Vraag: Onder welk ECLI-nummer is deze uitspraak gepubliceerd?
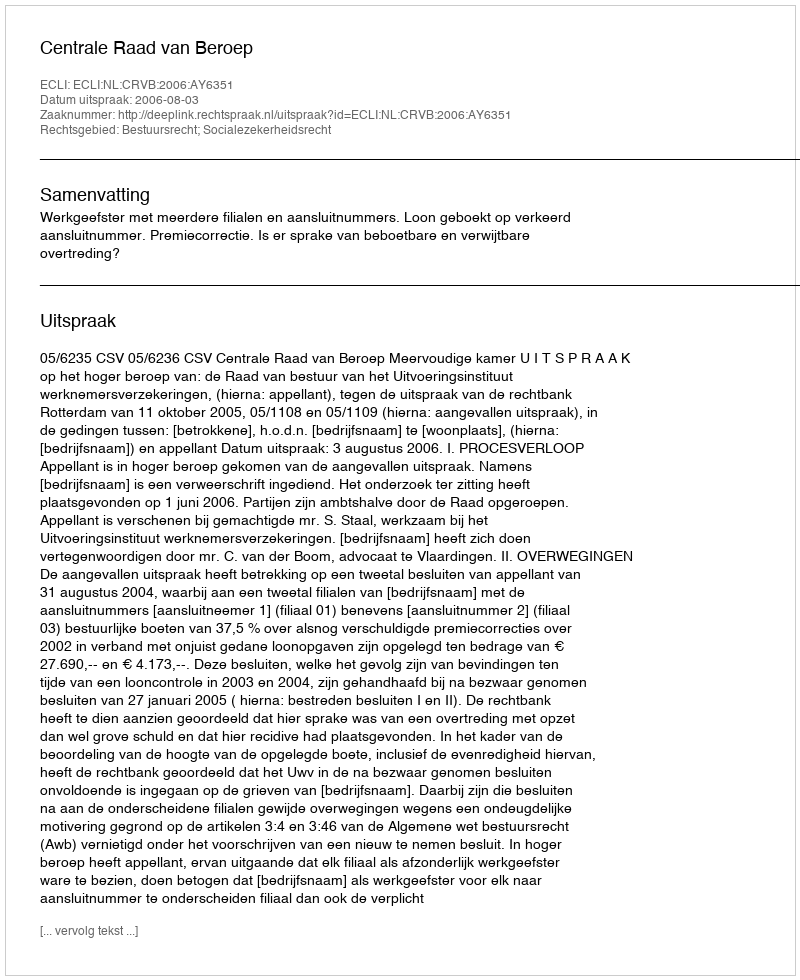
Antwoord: ECLI:NL:CRVB:2006:AY6351